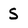
Character: S